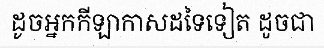
ដូចអ្នកកីឡាកាសដទៃទៀត ដូចជា